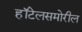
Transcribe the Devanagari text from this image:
हॉटेलसमोरील